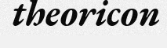
theoricon